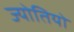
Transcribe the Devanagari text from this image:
ज्योतियो